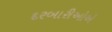
દરબારીઓએ